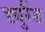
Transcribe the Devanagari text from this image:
ड्युरैंड